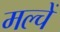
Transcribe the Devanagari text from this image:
मल्चें